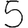
Digit: 5